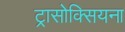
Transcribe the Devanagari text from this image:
ट्रासोक्सियना